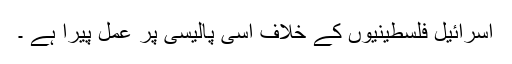
اسرائیل فلسطینیوں کے خلاف اسی پالیسی پر عمل پیرا ہے ۔